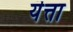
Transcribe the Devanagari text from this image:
यॆत्ता